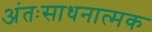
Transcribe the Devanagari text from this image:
अंतःसाधनात्मक